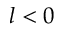
l < 0